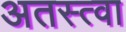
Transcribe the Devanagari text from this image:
अतस्त्वा